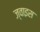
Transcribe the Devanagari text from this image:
ज्वाइस